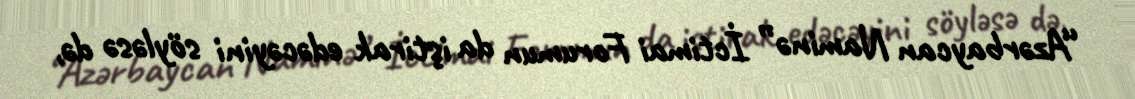
“Azərbaycan Naminə” İctimai Forumun da iştirak edəcəyini söyləsə də,